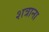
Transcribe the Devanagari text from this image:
शत्राना